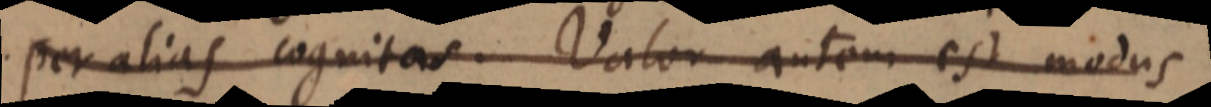
per alias cognitas. Valor autem est modus